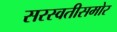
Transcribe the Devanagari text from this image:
सरस्वतीसमोर